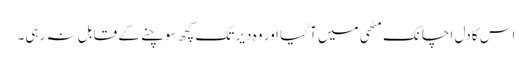
اس کا دل اچانک مٹھی میں آ گیا اور وہ دیر تک کچھ سوچنے کے قابل نہ رہی۔